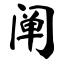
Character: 阐